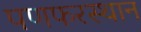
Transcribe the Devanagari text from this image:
पणफरस्थान